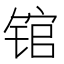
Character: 𰾒